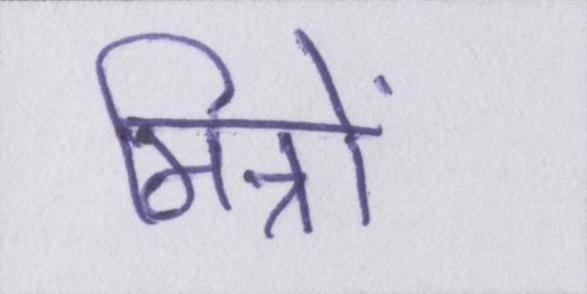
मित्रों